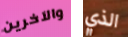
والآخرين الذي